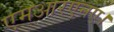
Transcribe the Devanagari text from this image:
एमआरएनए।